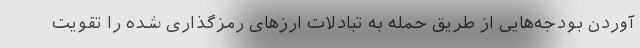
آوردن بودجه‌هایی از طریق حمله به تبادلات ارزهای رمزگذاری شده را تقویت